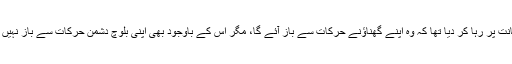
اِس سے پہلے ایک دفعہ مُلا اختر کو گرفتار کرکے پوچھ گچھ ، تفتیش ، تنبیہ اور بلوچ عمائدین کی ضمانت پر رہا کر دیا تھا کہ وہ اپنے گھناؤنے حرکات سے باز آئے گا، مگر اس کے باوجود بھی اپنی بلوچ دشمن حرکات سے باز نہیں آئے اور ریاست کی بلوچ نسل کش پالیسیوں کو تقویت پہنچانے میں ریاست کے ساتھ تعاون جاری رکھا۔